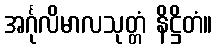
အင်္ဂုလိမာလသုတ္တံ နိဋ္ဌိတံ။